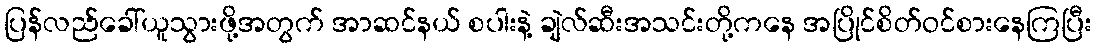
ပြန်လည်ခေါ်ယူသွားဖို့အတွက် အာဆင်နယ် စပါးနဲ့ ချဲလ်ဆီးအသင်းတို့ကနေ အပြိုင်စိတ်ဝင်စားနေကြပြီး